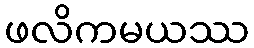
ဖလိကမယဿ